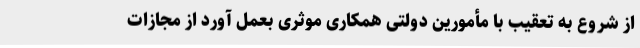
از شروع به تعقیب با مأمورین دولتی همکاری موثری بعمل آورد از مجازات